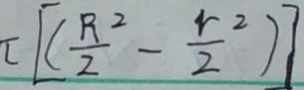
\pi [ ( \frac { R ^ { 2 } } { 2 } - \frac { r ^ { 2 } } { 2 } ) ]